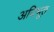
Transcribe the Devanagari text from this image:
अविभूत